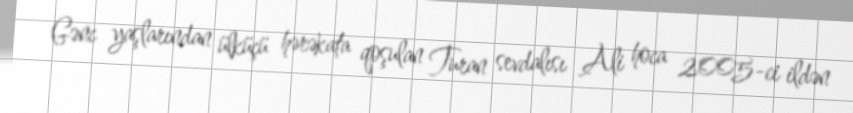
Gənc yaşlarından ülküçü hərəkata qoşulan Turan sevdalısı Ali hoca 2005-ci ildən